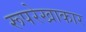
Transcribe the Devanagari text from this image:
रूपरेखाकार